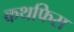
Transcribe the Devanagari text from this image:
कथफिस